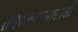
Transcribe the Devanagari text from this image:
तपासकामासाठी